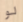
لو